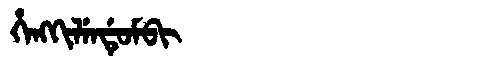
Manchu: ᡥᡝᠩᡴᡳᠯᡝᠨᡩᡠᠮᠪᡳ
Romanization: HENGKILENDUMBI